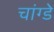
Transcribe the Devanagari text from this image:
चांग्डे